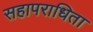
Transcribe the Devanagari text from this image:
सहापराधिता